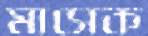
মাসেক